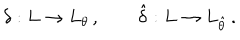
\delta : L \to L _ { \theta } \, , \qquad \hat { \delta } : L \to L _ { \hat { \theta } } \, .